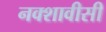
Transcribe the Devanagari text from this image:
नक्शावीसी